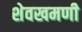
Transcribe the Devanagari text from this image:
शेवखमणी